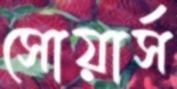
সোয়ার্স